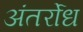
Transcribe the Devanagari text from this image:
अंतर्रोध